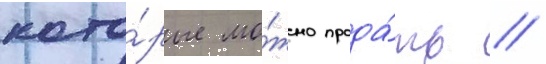
кото́рые мо́жно прода́ть //